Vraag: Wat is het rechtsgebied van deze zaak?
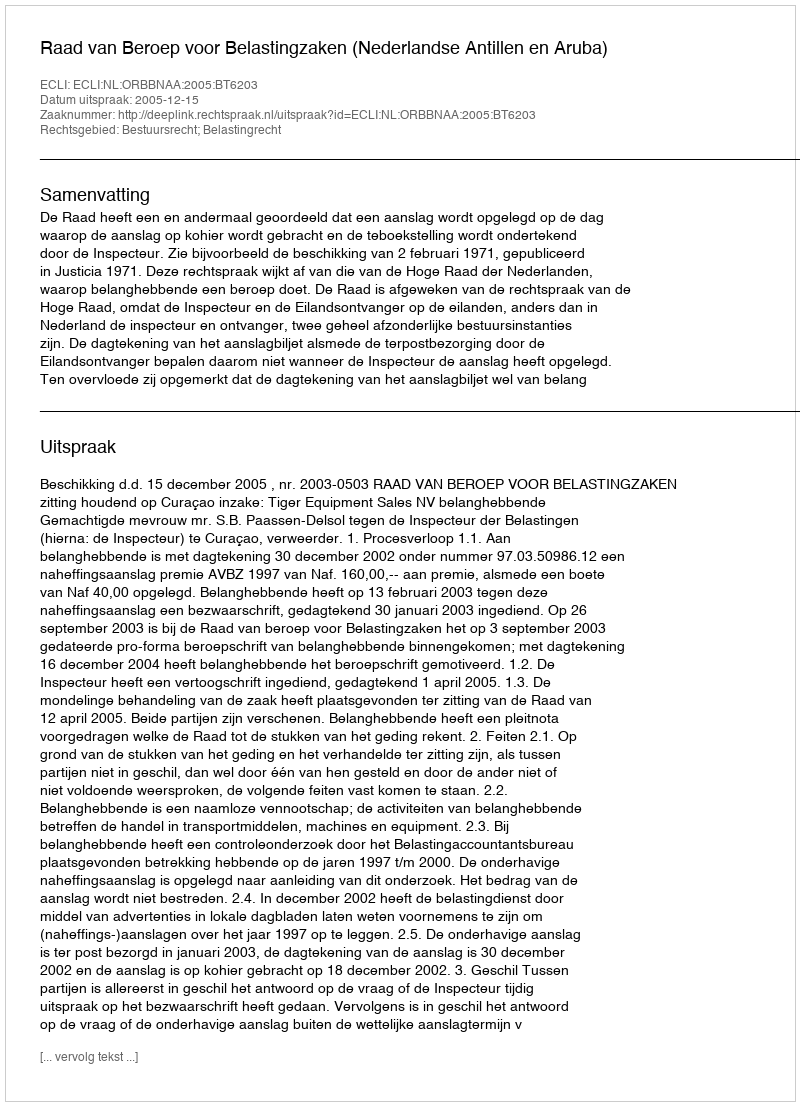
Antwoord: Bestuursrecht; Belastingrecht